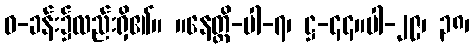
ဓ-ခန်း၌လည်းရှိ၏။ ။နေတ္တိ-ပါ-၇၊ ဋ္ဌ-၄၄။ပါ-၂၉၊ ၃၈၊